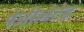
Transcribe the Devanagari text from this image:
पेजीलेटेड